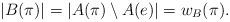
LaTeX: \begin{align*}\lvert B(\pi)\rvert=\lvert A(\pi)\setminus A(e)\rvert=w_B(\pi).\end{align*}